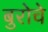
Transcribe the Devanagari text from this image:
बुरोचे